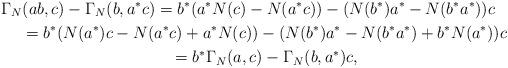
LaTeX: \begin{gather*}\Gamma_N(ab, c)-\Gamma_N(b, a^*c)=b^*(a^*N(c)-N(a^*c))-(N(b^*)a^*-N(b^*a^*))c\\\qquad{}=b^*(N(a^*)c-N(a^*c)+a^*N(c)) -(N(b^*)a^*-N(b^*a^*) +b^*N(a^*))c\\\qquad{}=b^*\Gamma_N(a,c)-\Gamma_N(b, a^*)c,\end{gather*}